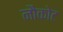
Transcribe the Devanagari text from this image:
नौकोट